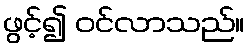
ဖွင့်၍ ဝင်လာသည်။